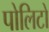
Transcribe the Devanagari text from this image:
पोलिटो